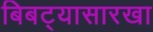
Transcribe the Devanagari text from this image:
बिबट्यासारखा